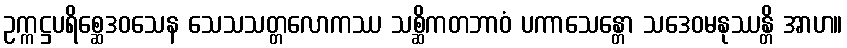
ဥက္ကဋ္ဌပရိစ္ဆေဒဝသေန သေသသတ္တလောကဿ သစ္ဆိကတဘာဝံ ပကာသေန္တော သဒေဝမနုဿန္တိ အာဟ။